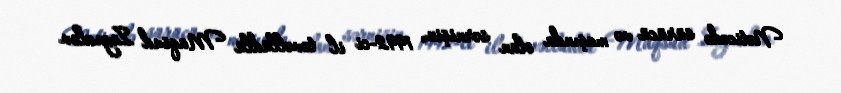
Nəticədə sürücü və maşında olan sərnişin, 1992-ci il təvəllüdlü Maqsud Zeynalov